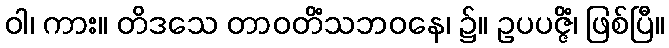
ဝါ၊ ကား။ တိဒသေ တာဝတိံသဘဝနေ၊ ၌။ ဥပပဇ္ဇိံ၊ ဖြစ်ပြီ။